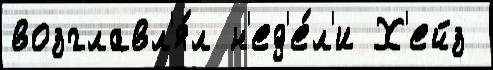
возглавл'я́л н'ед'е́л'и Х'ейз